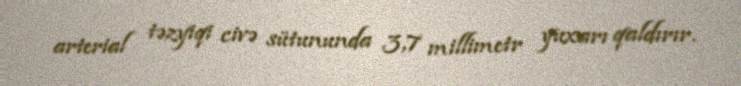
arterial təzyiqi civə sütununda 3,7 millimetr yuxarı qaldırır.